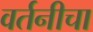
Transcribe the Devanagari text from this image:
वर्तनीचा